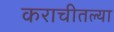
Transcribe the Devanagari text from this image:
कराचीतल्या